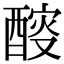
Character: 䤇